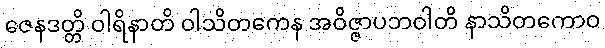
ဇေနဒတ္တိ ဝါရိနာတိ ဝါသိတကေန အဝိဇ္ဇာပဘဝါတိ နာသိတကောဝ